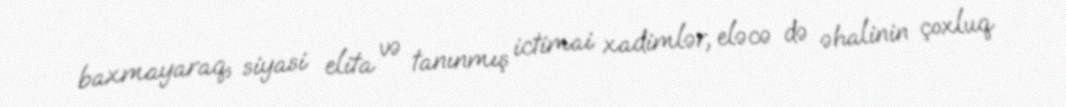
baxmayaraq, siyasi elita və tanınmış ictimai xadimlər, eləcə də əhalinin çoxluq